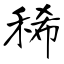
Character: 稀